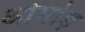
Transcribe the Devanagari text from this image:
ओमोड़